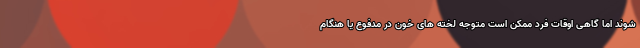
شوند اما گاهی اوقات فرد ممکن است متوجه لخته های خون در مدفوع یا هنگام